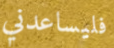
فليساعدني